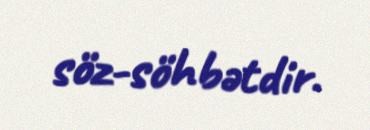
söz-söhbətdir.